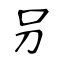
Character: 叧